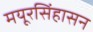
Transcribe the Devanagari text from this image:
मयूरसिंहासन